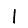
Digit: 1